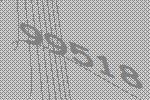
99518